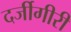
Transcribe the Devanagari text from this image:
दर्जीगीरी